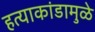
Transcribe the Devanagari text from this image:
हत्याकांडामुळे